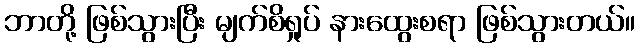
ဘာတို့ ဖြစ်သွားပြီး မျက်စိရှုပ် နားထွေးစရာ ဖြစ်သွားတယ်။